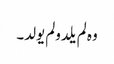
وہ لم یلدولم یولد۔